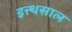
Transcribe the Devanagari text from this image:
इत्त्थसाल